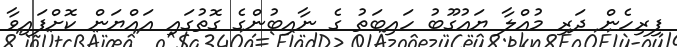
ފިރިހެން ދަރި މުއްލާ ޔައުގޫބު ހައިބަތު ގެ ނާއިބުންގެ ގޮތުގައި އައްޔަން ކޮށްފައިވާ